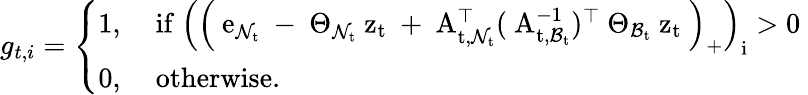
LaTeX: \begin{array}{r}{{g}_{t,i}=\left\{ \begin{array}{ll}{1,}&{\mathrm{~if~\left(\left(~{e}_{\mathcal{N}_t}~-~{\Theta}_{\mathcal{N}_t}~{z}_t~+~{A}_{t,\mathcal{N}_t}^{\top}(~{A}_{t,\mathcal{B}_t}^{-1})^{\top}~{\Theta}_{\mathcal{B}_t}~{z}_t~\right)_+\right)_{i}>0~}}\\ {0,}&{\mathrm{~otherwise.}}\end{array}\right.}\end{array}